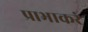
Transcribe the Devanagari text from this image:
प्राभाकरं